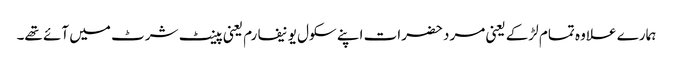
ہمارے علاوہ تمام لڑکے یعنی مرد حضرات اپنے سکول یونیفارم یعنی پینٹ شرٹ میں آئے تھے۔